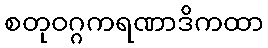
စတုဝဂ္ဂကရဏာဒိကထာ